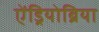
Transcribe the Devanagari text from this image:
ऐंड्रियोब्रिया